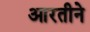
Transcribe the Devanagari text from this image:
आरतीने